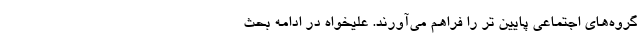
گروه‌های اجتماعی پایین تر را فراهم می‌آورند. علیخواه در ادامه بحث